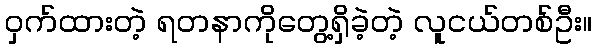
ဝှက်ထားတဲ့ ရတနာကိုတွေ့ရှိခဲ့တဲ့ လူငယ်တစ်ဦး။